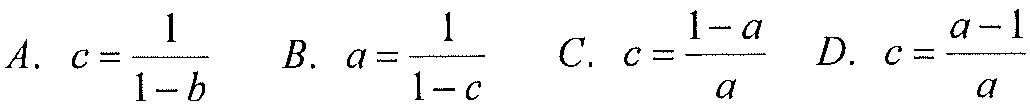
A. \(c = \frac{1}{1 - b}\)  B. \(a = \frac{1}{1 - c}\)  C. \(c = \frac{1 - a}{a}\)  D. \(c = \frac{a - 1}{a}\)